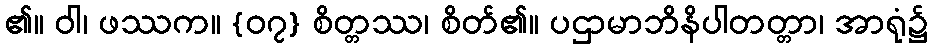
၏။ ဝါ၊ ဖဿက။ {၀၇} စိတ္တဿ၊ စိတ်၏။ ပဌာမာဘိနိပါတတ္တာ၊ အာရုံ၌